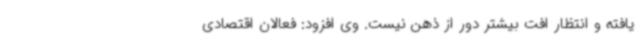
یافته و انتظار افت بیشتر دور از ذهن نیست. وی افزود: فعالان اقتصادی